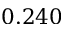
0 . 2 4 0